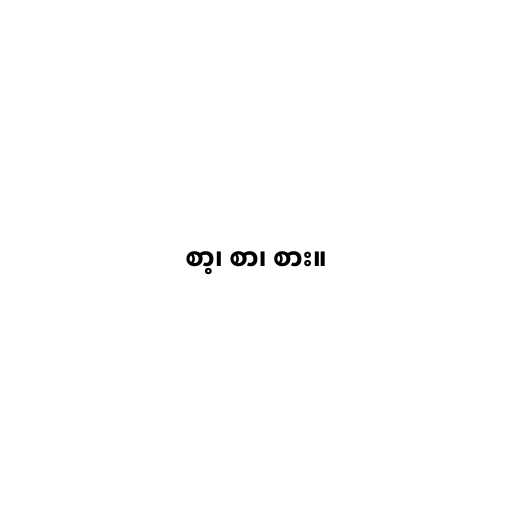
စာ့၊ စာ၊ စား။